Indian journal of veterinary science and animal husbandry - Volumes 26-27, 1956-1957
Year: 1956
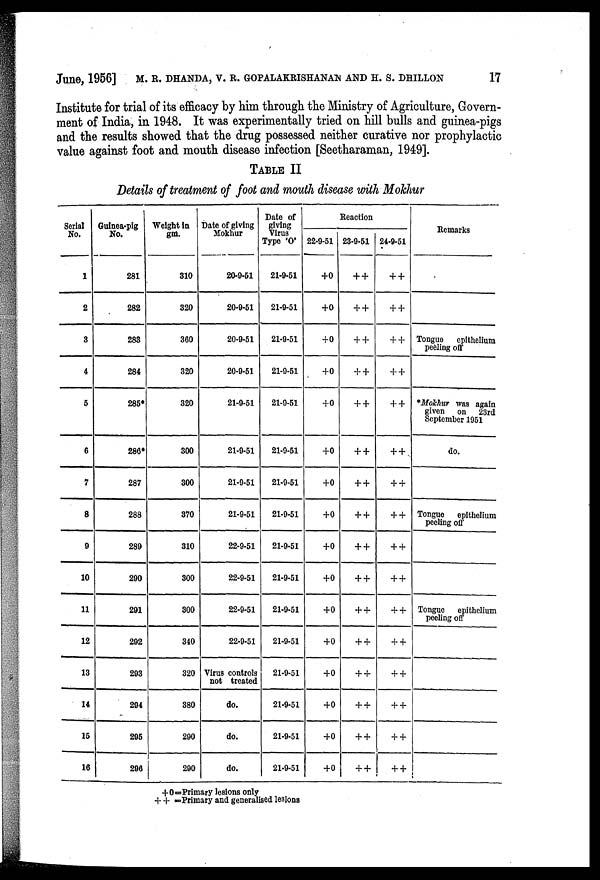
June, 1956] M. R. DHANDA, V. R. GOPALAKRI SHANAN AND H. S. DHILLON 17
Institute for trial of its efficacy by him through the Ministry of Agriculture, Govern-
ment of India, in 1948. It was experimentally tried on hill bulls and guinea-pigs
and the results showed that the drug possessed neither curative nor prophylactic
value against foot and mouth disease infection [Seetharaman, 1949].
TABLE II
Details of treatment of foot and mouth disease with Mokhur
Serial
No.
1
2
3
4
5
6
7
8
9
10
11
12
13
14
15
16
Guinea-pig
No.
281
282
283
284
285*
286*
287
288
289
290
291
292
293
294
295
296
Weight in
gm.
310
320
360
320
320
300
300
370
310
300
300
340
320
380
290
290
Date of giving
Mokhur
20-9-51
20-9-51
20-9-51
20-9-51
21-9-51
21-9-51
21-9-51
21-9-51
22-9-51
22-9-51
22-9-51
22-9-51
Virus controls
not treated
do.
do.
do.
Date of
giving Virus
Type 'O'
21-9-51
21-9-51
21-9-51
21-9-51
21-9-51
21-9-51
21-9-51
21-9-51
21-9-51
21-9-51
21-9-51
21-9-51
21-9-51
21-9-51
21-9-51
21-9-51
Reaction
22-9-51
+0
+0
+0
+0
+0
+0
+0
+0
+0
+0
+0
+0
+0
+0
+0
+0
23-9-51
++
++
++
++
++
++
++
++
++
++
++
++
++
++
++
++
24-9-51
++
++
++
++
++
++
++
++
++
++
++
++
++
++
++
++
Remarks
Tongue
epithelium
peeling off
*Mokhur was again
given
on
23rd
September 1951
do.
Tongue
epithelium
peeling off
Tongue
epithelium
peeling off
+0=Primary lesions only
++ = Primary and generalised lesions